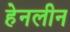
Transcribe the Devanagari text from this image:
हेनलीन